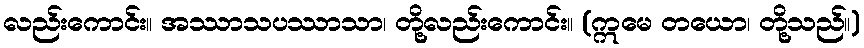
လည်းကောင်း။ အဿာသပဿာသာ၊ တို့လည်းကောင်း။ (ဣမေ တယော၊ တို့သည်။)